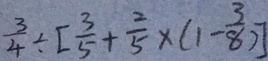
\frac { 3 } { 4 } \div [ \frac { 3 } { 5 } + \frac { 2 } { 5 } \times ( 1 - \frac { 3 } { 8 } ) ]